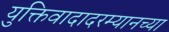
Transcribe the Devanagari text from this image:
युक्तिवादादरम्यानच्या